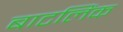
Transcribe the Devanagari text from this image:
बाटलिंक